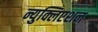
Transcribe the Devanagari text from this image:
न्युक्लिएशन